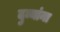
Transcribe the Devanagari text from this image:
दुव्यांना